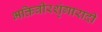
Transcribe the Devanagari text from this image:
भक्तिवीरशृंगारादी